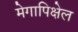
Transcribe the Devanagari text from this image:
मेगापिक्षेल